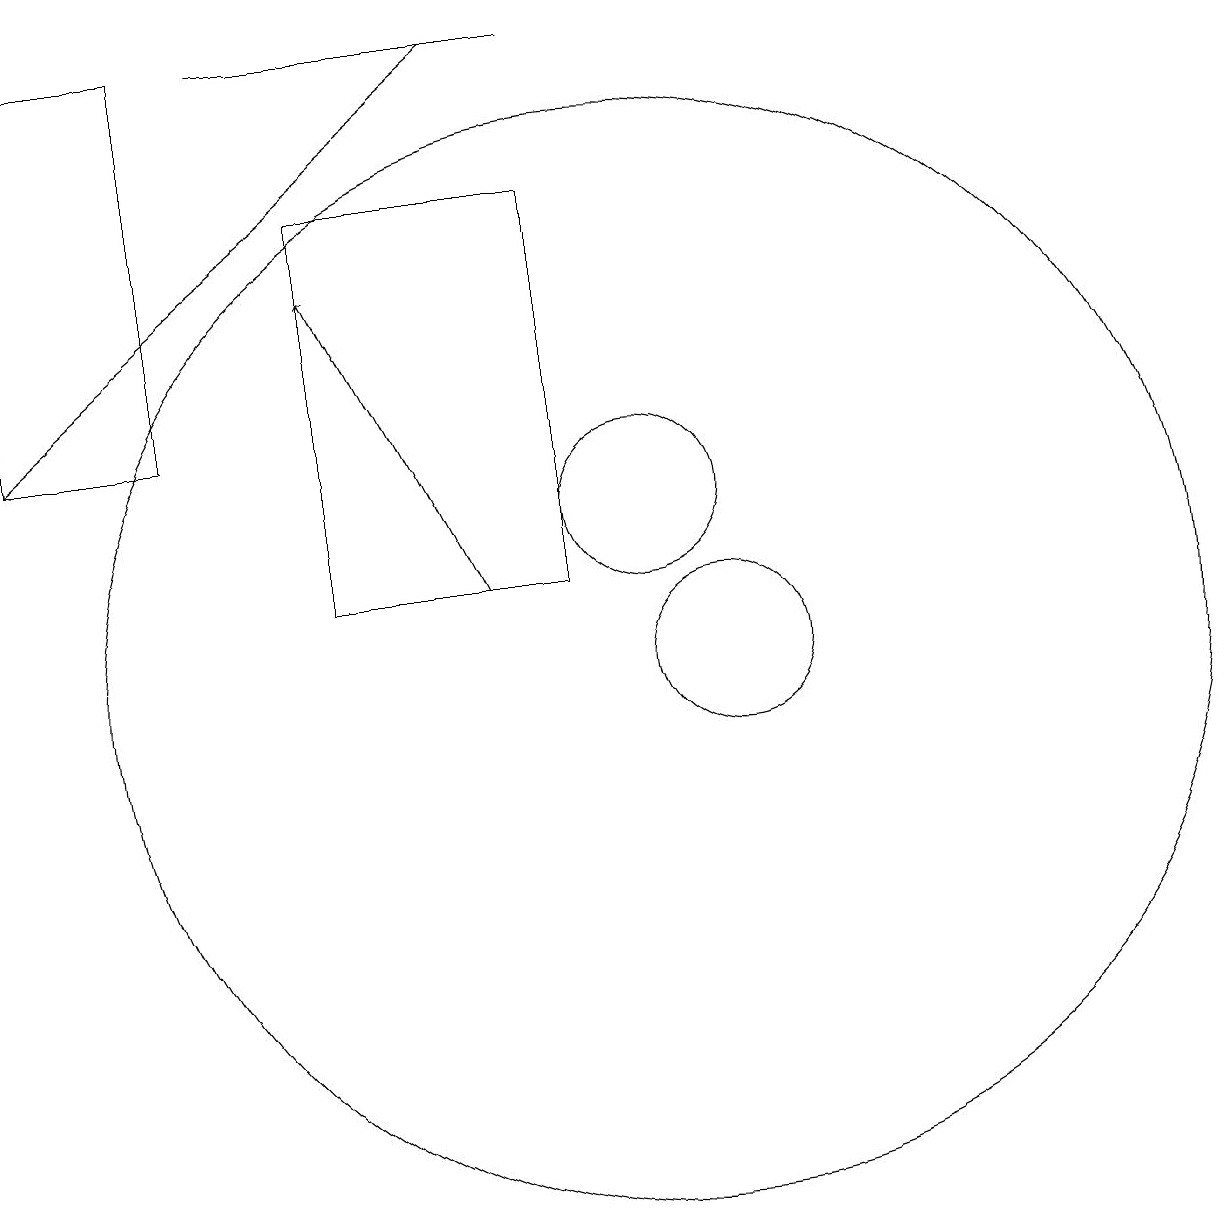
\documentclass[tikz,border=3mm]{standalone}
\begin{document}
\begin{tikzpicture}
\draw[->] (8,18) -- (2,13);
\draw (4,18) rectangle (2,13);
\draw[->] (8,11) -- (6,15);
\draw (9,11) rectangle (6,16);
\draw (10,10) circle (7);
\draw (10,12) circle (1);
\draw (9,18) rectangle (5,18);
\draw (11,10) circle (1);
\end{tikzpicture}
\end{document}